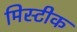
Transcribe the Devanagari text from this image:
मिस्टीक